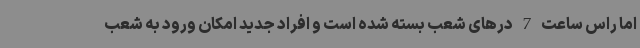
اما راس ساعت 7 درهای شعب بسته شده است و افراد جدید امکان ورود به شعب